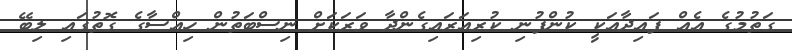
ގަތުމުގެ އެއް ފައިދާއަކީ ކުންފުނި ކުރިއަރައިގެންދާ ވަރަކަށް ނިސްބަތުން ހިއްސާގެ ގޮތުގައި ލިބޭ